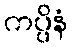
ကပ္ပိနံ